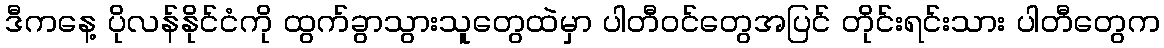
ဒီကနေ့ ပိုလန်နိုင်ငံကို ထွက်ခွာသွားသူတွေထဲမှာ ပါတီဝင်တွေအပြင် တိုင်းရင်းသား ပါတီတွေက